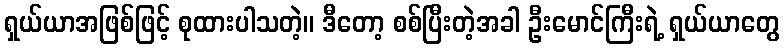
ရှယ်ယာအဖြစ်ဖြင့် စုထားပါသတဲ့။ ဒီတော့ စစ်ပြီးတဲ့အခါ ဦးမောင်ကြီးရဲ့ ရှယ်ယာတွေ